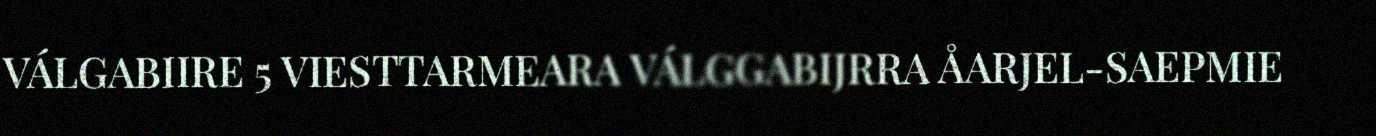
VÁLGABIIRE 5 VIESTTARMEARA VÁLGGABIJRRA ÅARJEL-SAEPMIE